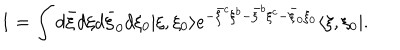
1 = \int d { \bar { \xi } } d \xi d { \bar { \xi } } _ { 0 } d \xi _ { 0 } | \xi , \xi _ { 0 } \rangle e ^ { - { \bar { \xi } } ^ { c } \xi ^ { b } - { \bar { \xi } } ^ { b } \xi ^ { c } - { \bar { \xi } } _ { 0 } \xi _ { 0 } } \langle \xi , \xi _ { 0 } | .